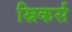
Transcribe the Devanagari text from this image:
स्निकर्स